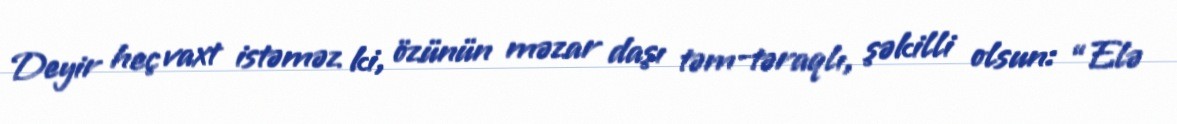
Deyir heç vaxt istəməz ki, özünün məzar daşı təm-təraqlı, şəkilli olsun: “Elə